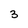
Character: 3